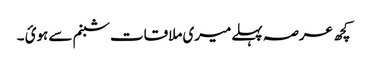
کچھ عرصہ پہلےمیری ملاقات شبنم سے ہوئ ۔